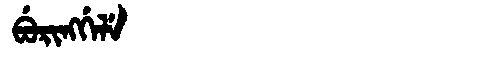
Manchu: ᠪᡠᡵᡳᠩᡤᡝᠯᡝ
Romanization: BURINGGELE